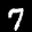
Label: 7